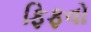
ફિફવો